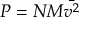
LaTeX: P = N M { \bar { v ^ { 2 } } }